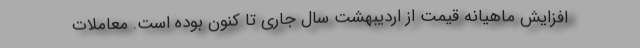
افزایش ماهیانه قیمت از اردیبهشت سال جاری تا کنون بوده است. معاملات